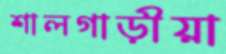
শালগাড়ীয়া